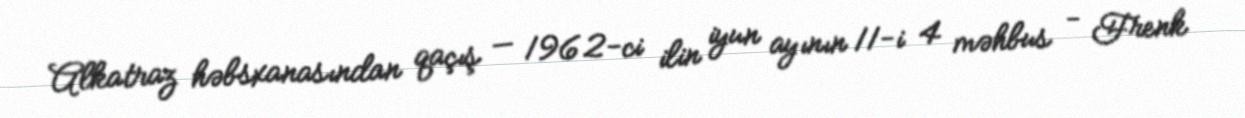
Alkatraz həbsxanasından qaçış — 1962-ci ilin iyun ayının 11-i 4 məhbus - Frenk